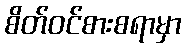
စိတ်ဝင်စားစရာမှာ